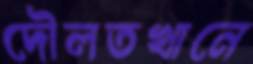
দৌলতখানে